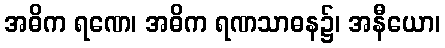
အဓိက ရဏေ၊ အဓိက ရဏသာဓန၌၊ အနီယော၊